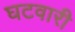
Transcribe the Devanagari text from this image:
घटवारी